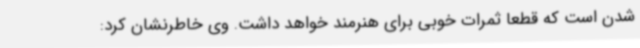
شدن است که قطعا ثمرات خوبی برای هنرمند خواهد داشت. وی خاطرنشان کرد: